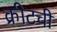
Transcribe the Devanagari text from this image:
क्रीटची